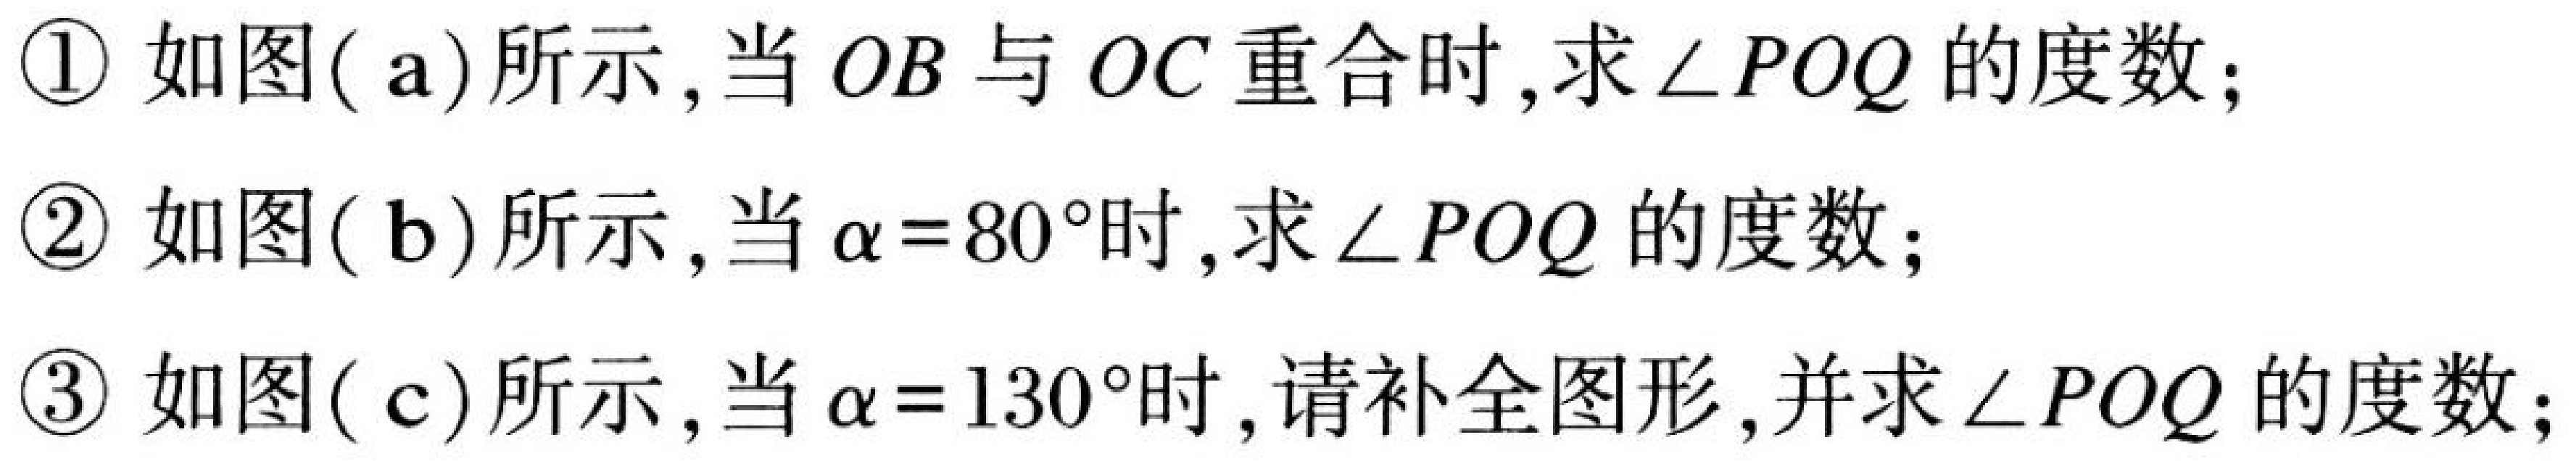
\textcircled{1} 如图( a)所示,当 \(OB\) 与 \(OC\) 重合时,求 \(\angle POQ\) 的度数;
\textcircled{2} 如图( b)所示,当 \(\alpha = 80^{\circ}\)时,求 \(\angle POQ\) 的度数;
\textcircled{3} 如图( c)所示,当 \(\alpha = 130^{\circ}\)时,请补全图形,并求 \(\angle POQ\) 的度数;